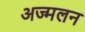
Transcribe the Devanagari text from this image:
अज्मलन